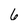
Character: 6